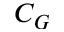
C _ { G }